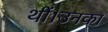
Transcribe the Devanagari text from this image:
थीं।उनका